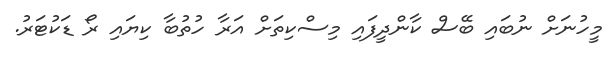
މީހުނަށް ނުބައި ބޭސް ކާންދީފައި މިސްކިތަށް އަރާ ހުތުބާ ކިޔައި ރޯ ޑަކުޓަރު.